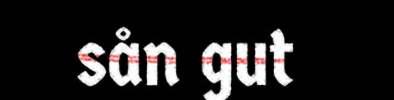
sån gut